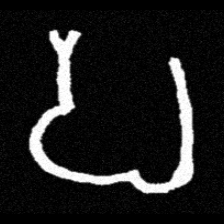
Pyu character \u2014 Myanmar letter: ပ (romanized: pa)